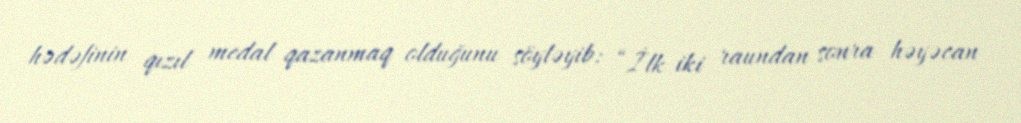
hədəfinin qızıl medal qazanmaq olduğunu söyləyib: “İlk iki raundan sonra həyəcan